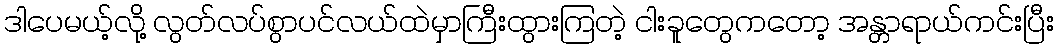
ဒါပေမယ့်လို့ လွတ်လပ်စွာပင်လယ်ထဲမှာကြီးထွားကြတဲ့ ငါးခူတွေကတော့ အန္တာရာယ်ကင်းပြီး